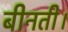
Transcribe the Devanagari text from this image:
बीनती।